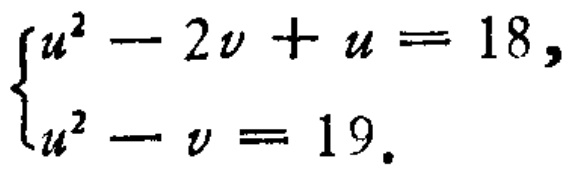
$\begin{cases}
u^{2}-2v + u = 18,\\
u^{2}-v = 19.
\end{cases}$